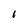
Character: I